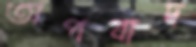
অপবাদ